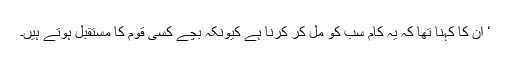
‘ ان کا کہنا تھا کہ یہ کام سب کو مل کر کرنا ہے کیونکہ بچے کسی قوم کا مستقبل ہوتے ہیں۔